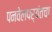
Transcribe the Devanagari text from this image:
पनवेलपर्यंतचा